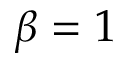
\beta = 1